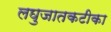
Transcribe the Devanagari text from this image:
लघुजातकटीका